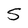
Character: 5